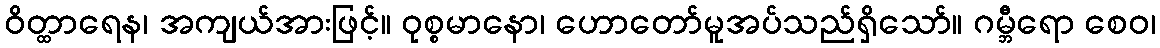
ဝိတ္ထာရေန၊ အကျယ်အားဖြင့်။ ဝုစ္စမာနော၊ ဟောတော်မူအပ်သည်ရှိသော်။ ဂမ္ဘီရော စေဝ၊